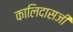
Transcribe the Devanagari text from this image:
कालिदासजी